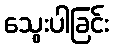
သွေးပါခြင်း